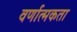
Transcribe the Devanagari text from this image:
वर्णात्मकता